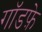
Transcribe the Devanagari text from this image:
गॉडफ़े